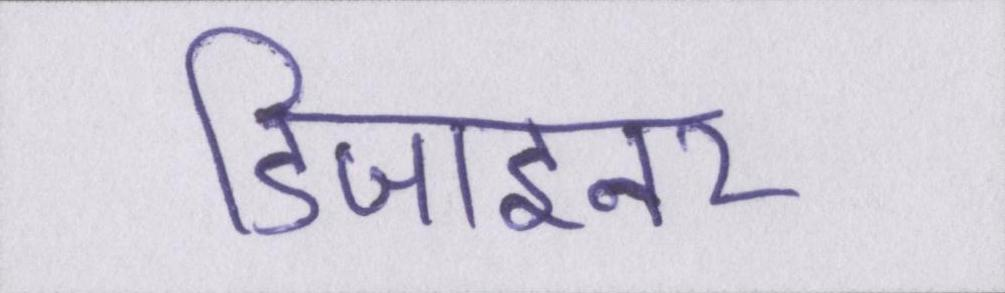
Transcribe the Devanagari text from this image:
डिजाइनर